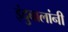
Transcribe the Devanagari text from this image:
इंदुबालांनी